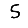
Digit: 5